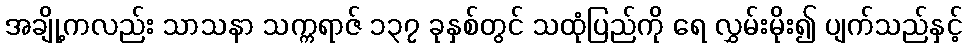
အချို့ကလည်း သာသနာ သက္ကရာဇ် ၁၃၇ ခုနှစ်တွင် သထုံပြည်ကို ရေ လွှမ်းမိုး၍ ပျက်သည်နှင့်